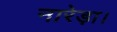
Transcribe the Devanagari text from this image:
नारेड़ा।